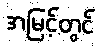
အမြင့်တွင်